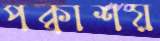
পক্বাশয়